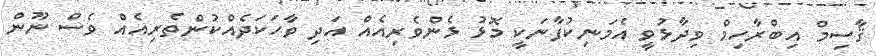
ޤާސިމް އިބްރާހިމް ވިދާޅުވީ އެމަނިކުފާނަކީ މޮޅު ޅެންވެރިއެއް އަދި ވާހަކަދެއްކުންތެރިއެއް ވެސް ނޫން